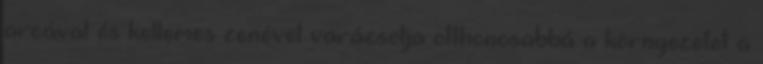
arcával és kellemes zenével varázsolja otthonosabbá a környezetet a